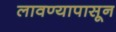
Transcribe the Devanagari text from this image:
लावण्यापासून